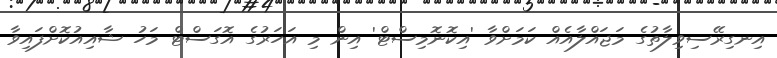
އިނގިރޭސިވިލާތުގެ މަޖައްލާއެއް ކަމަށްވާ 'އިކޮނޮމިސްޓް' އިން މި އަހަރުގެ އޮގަސްޓް މަހު ޝާއިއުކޮށްފައިވާ